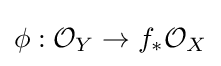
\phi :{\mathcal {O}}_{Y}\to f_{*}{\mathcal {O}}_{X}